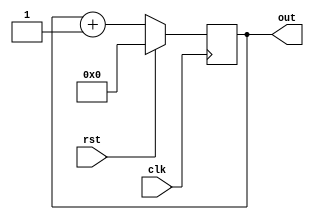
module top (
	input	clk,
	input	rst,
	output	reg [3:0] out);

	always @(posedge clk) begin
		out <= rst ? 0 : out + 1;
	end
	
endmodule